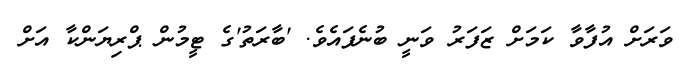
ވަރަށް އުފާވާ ކަމަށް ޒަފަރު ވަނީ ބުނެފައެވެ. 'ބާރަތު'ގެ ޓީމުން ޕްރިޔަންކާ އަށް